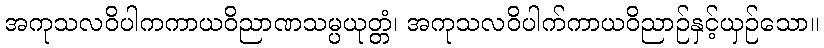
အကုသလဝိပါကကာယဝိညာဏသမ္ပယုတ္တံ၊ အကုသလဝိပါက်ကာယဝိညာဉ်နှင့်ယှဉ်သော။